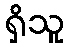
ရှိသူ